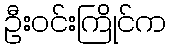
ဦးဝင်းကြိုင်က